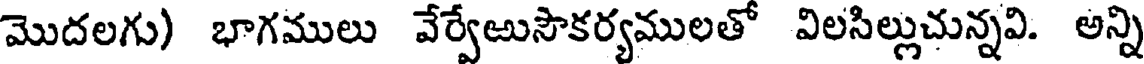
మొదలగు) భాగములు వేర్వేఱుసౌకర్యములతో విలసిల్లుచున్నవి. అన్ని